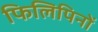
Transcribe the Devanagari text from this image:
फिलिपिनों